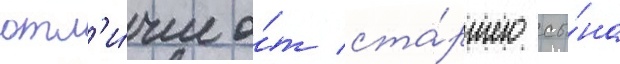
отл'и́чие о́т ста́ршего сы́на